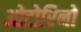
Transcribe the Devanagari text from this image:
ओटोरिनो